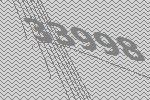
33998